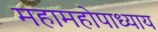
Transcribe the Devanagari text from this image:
महामहोपाध्‍याय